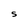
Character: S